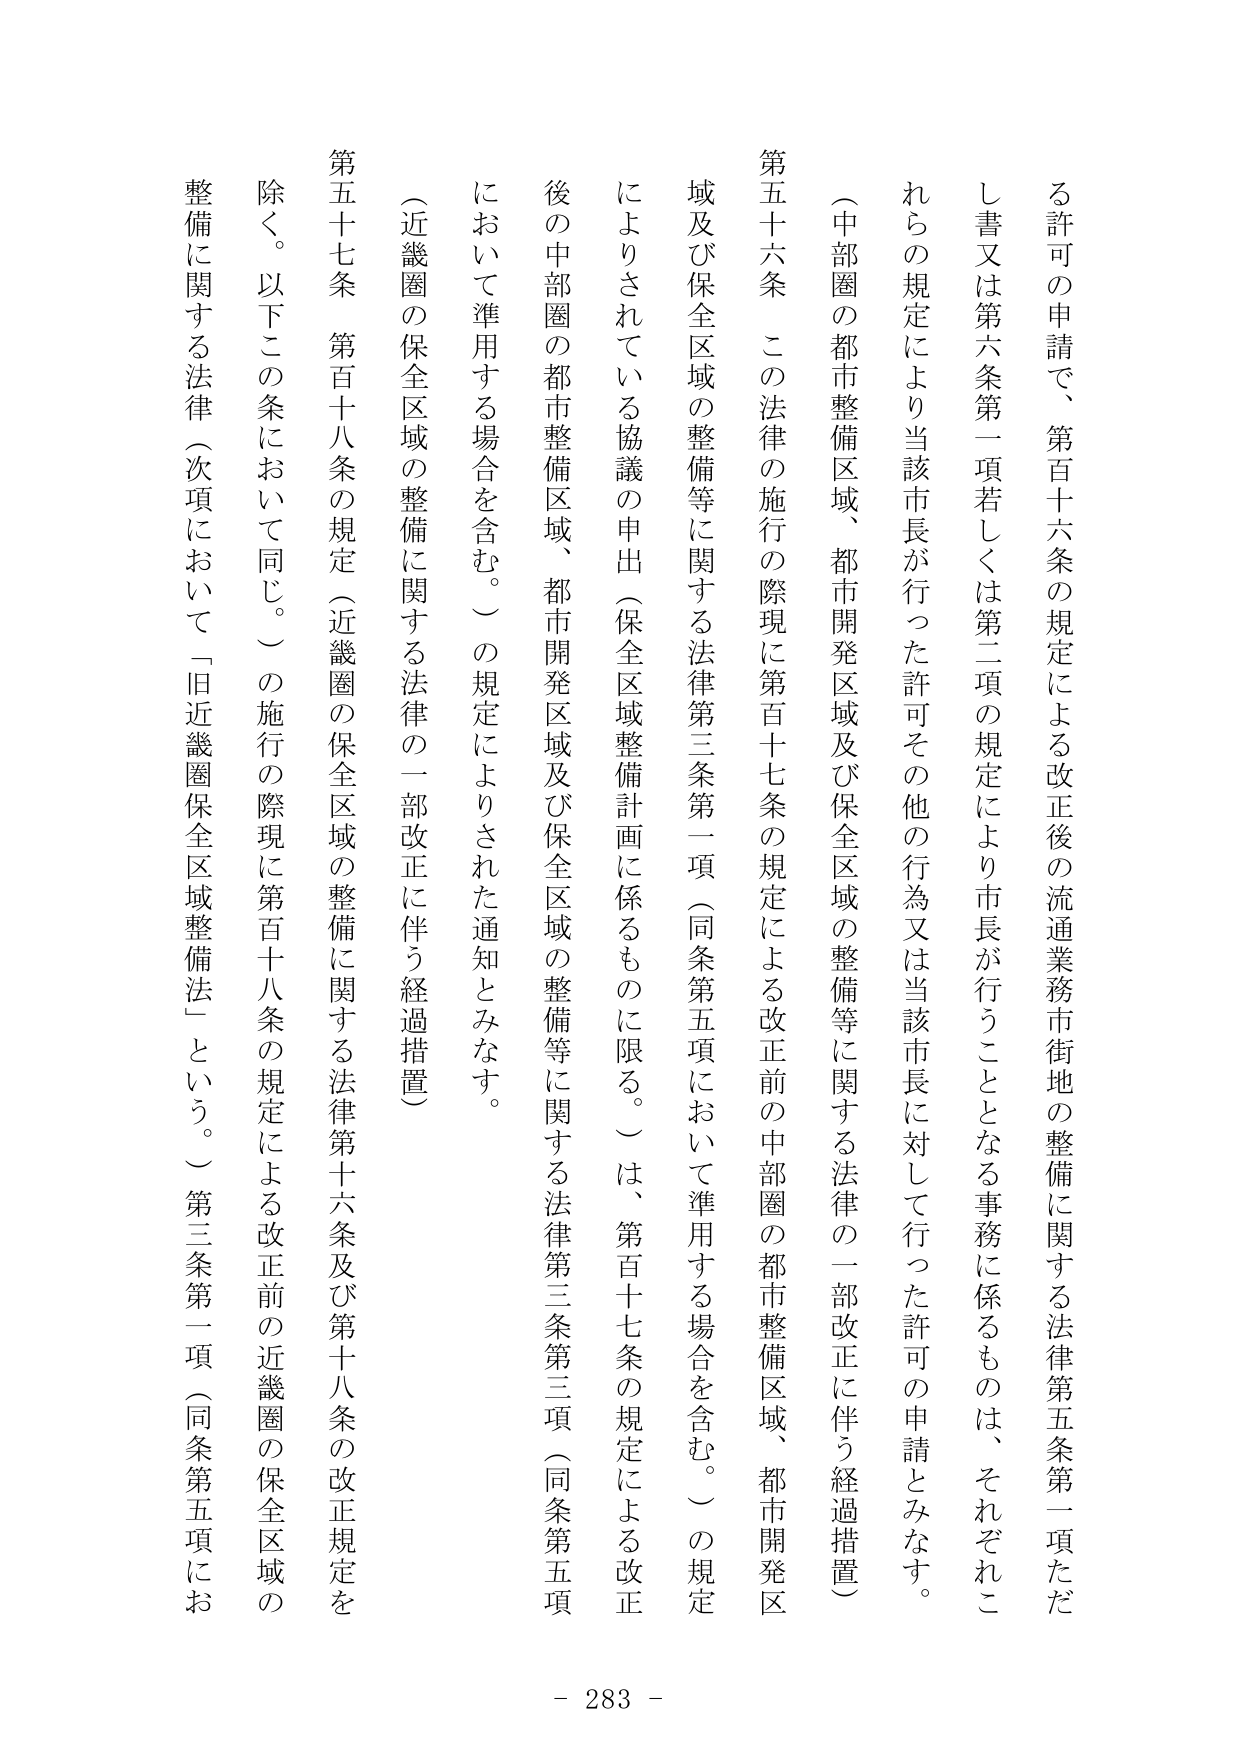
る許可の申請で、第百十六条の規定による改正後の流通業務市街地の整備に関する法律第五条第一項ただし書又は第六条第一項若しくは第二項の規定により市長が行うこととなる事務に係るものは、それぞれこれらの規定により当該市長が行った許可その他の行為又は当該市長に対して行った許可の申請とみなす。

（中部圏の都市整備区域、都市開発区域及び保全区域の整備等に関する法律の一部改正に伴う経過措置）

第五十六条 この法律の施行の際現に第百十七条の規定による改正前の中部圏の都市整備区域、都市開発区域及び保全区域の整備等に関する法律第三条第一項（同条第五項において準用する場合を含む。）の規定によりされている協議の申出（保全区域整備計画に係るものに限る。）は、第百十七条の規定による改正後の中部圏の都市整備区域、都市開発区域及び保全区域の整備等に関する法律第三条第三項（同条第五項において準用する場合を含む。）の規定によりされた通知とみなす。

（近畿圏の保全区域の整備に関する法律の一部改正に伴う経過措置）

第五十七条 第百十八条の規定（近畿圏の保全区域の整備に関する法律第十六条及び第十八条の改正規定を除く。以下この条において同じ。）の施行の際現に第百十八条の規定による改正前の近畿圏の保全区域の整備に関する法律（次項において「旧近畿圏保全区域整備法」という。）第三条第一項（同条第五項にお

- 283 -